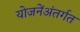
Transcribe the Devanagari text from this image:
योजनेंअंतर्गत